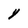
Character: Y